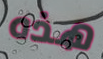
هذه